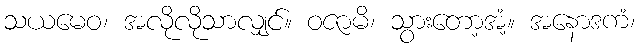
သယမေဝ၊ အလိုလိုသာလျှင်။ ဝဇာမိ၊ သွားတော့အံ့။ အနောဒကံ၊